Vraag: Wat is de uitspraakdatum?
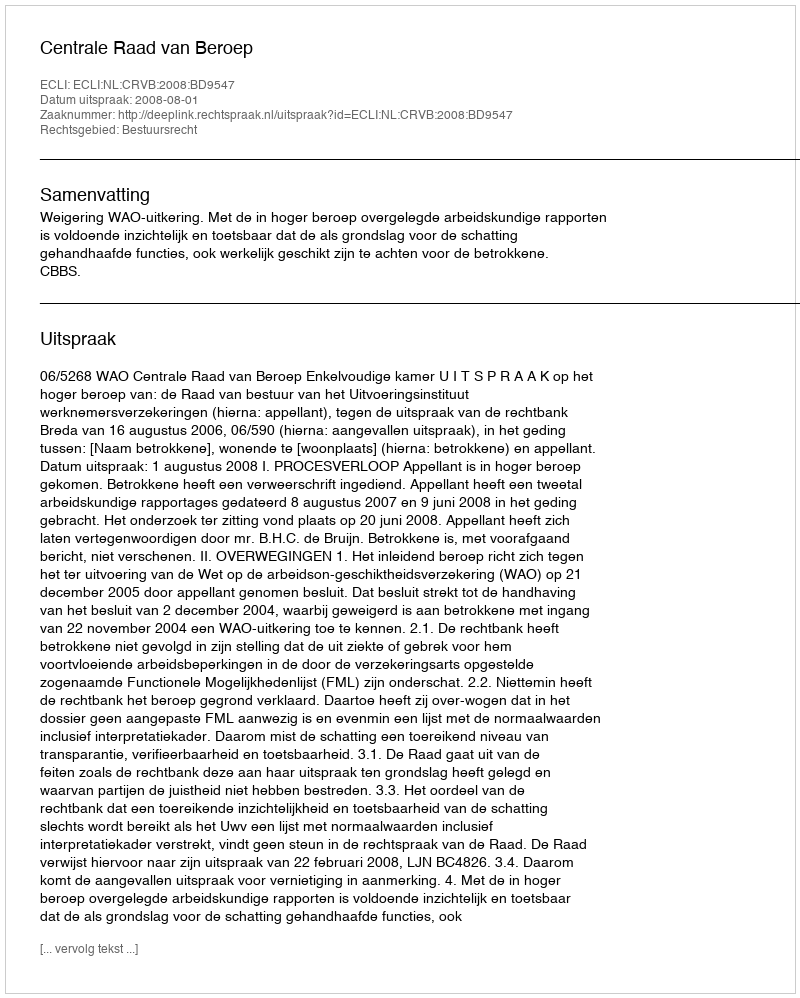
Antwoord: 2008-08-01